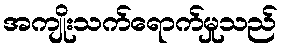
အကျိုးသက်ရောက်မှုသည်